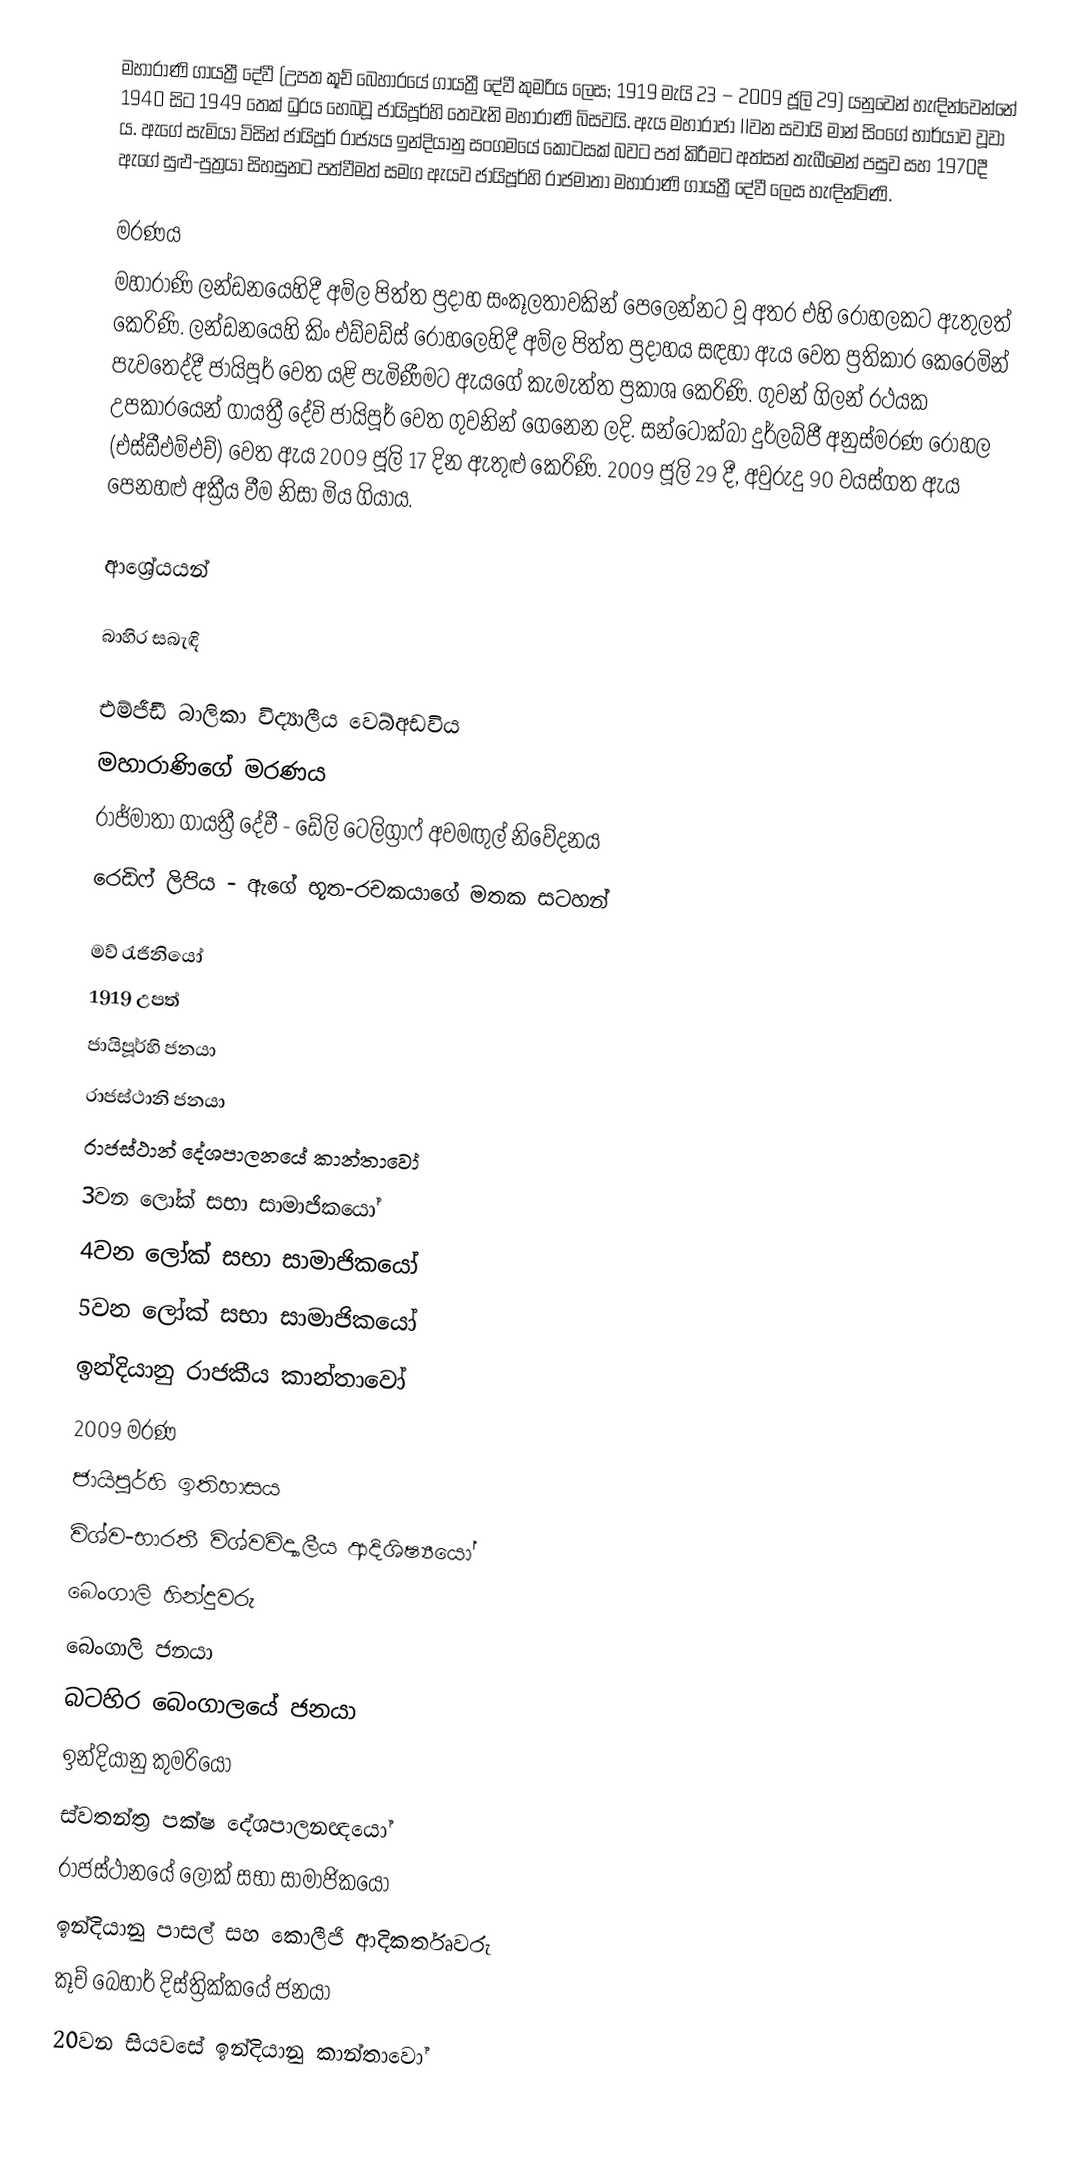
මහාරාණි ගායත්‍රී දේවී (උපත කූච් බෙහාරයේ ගායත්‍රී දේවී කුමරිය ලෙස; 1919 මැයි 23 − 2009 ජූලි 29) යනුවෙන් හැඳින්වෙන්නේ 1940 සිට 1949 තෙක් ධුරය හෙබවූ ජායිපූර්හි තෙවැනි මහාරාණි බිසවයි. ඇය මහාරාජා IIවන සවායි මාන් සිංගේ භාර්යාව වූවා ය. ඇගේ සැමියා විසින් ජායිපූර් රාජ්‍යය ඉන්දියානු සංගමයේ කොටසක් බවට පත් කිරීමට අත්සන් තැබීමෙන් පසුව සහ 1970දී ඇගේ සුළු-පුත්‍රයා සිහසුනට පත්වීමත් සමග ඇයව ජායිපූර්හි රාජමාතා මහාරාණි ගායත්‍රී දේවී ලෙස හැඳින්විණි.

මරණය
මහාරාණි ලන්ඩනයෙහිදී අම්ල පිත්ත ප්‍රදාහ සංකූලතාවකින් පෙලෙන්නට වූ අතර එහි රෝහලකට ඇතුලත් කෙරිණි.  ලන්ඩනයෙහි කිං එඩ්වඩ්ස් රෝහලෙහිදී අම්ල පිත්ත ප්‍රදාහය සඳහා ඇය වෙත ප්‍රතිකාර කෙරෙමින් පැවතෙද්දී ජායිපූර් වෙත යළි පැමිණීමට ඇයගේ කැමැත්ත ප්‍රකාශ කෙරිණි. ගුවන් ගිලන් රථයක උපකාරයෙන් ගායත්‍රී දේවි ජායිපූර් වෙත ගුවනින් ගෙනෙන ලදි. සන්ටෝක්බා දුර්ලබ්ජී අනුස්මරණ රෝහල (එස්ඩීඑම්එච්) වෙත ඇය 2009 ජූලි 17 දින ඇතුළු කෙරිණි. 2009 ජූලි 29 දී, අවුරුදු 90 වයස්ගත ඇය පෙනහළු අක්‍රීය වීම නිසා මිය ගියාය.

ආශ්‍රේයයන්

බාහිර සබැඳි

එම්ජීඩී බාලිකා විද්‍යාලීය වෙබ්අඩවිය
මහාරාණිගේ මරණය
 රාජ්මාතා ගායත්‍රී දේවී - ඩේලි ටෙලිග්‍රාෆ් අවමඟුල් නිවේදනය
 රෙඩිෆ් ලිපිය - ඇගේ භූත-රචකයාගේ මතක සටහන්

මව් රැජිනියෝ
1919 උපත්
ජායිපූර්හි ජනයා
රාජස්ථානි ජනයා
රාජස්ථාන් දේශපාලනයේ කාන්තාවෝ
3වන ලෝක් සභා සාමාජිකයෝ
4වන ලෝක් සභා සාමාජිකයෝ
5වන ලෝක් සභා සාමාජිකයෝ
ඉන්දියානු රාජකීය කාන්තාවෝ
2009 මරණ
ජායිපූර්හි ඉතිහාසය
විශ්ව-භාරතී විශ්වවිද්‍යාලීය ආදිශිෂ්‍යයෝ
බෙංගාලි හින්දුවරු
බෙංගාලි ජනයා
බටහිර බෙංගාලයේ ජනයා
ඉන්දියානු කුමරියෝ
ස්වතන්ත්‍ර පක්ෂ දේශපාලනඥයෝ
රාජස්ථානයේ ලෝක් සභා සාමාජිකයෝ
ඉන්දියානු පාසල් සහ කොලීජි ආදිකර්තෘවරු
කූච් බෙහාර් දිස්ත්‍රික්කයේ ජනයා
20වන සියවසේ ඉන්දියානු කාන්තාවෝ